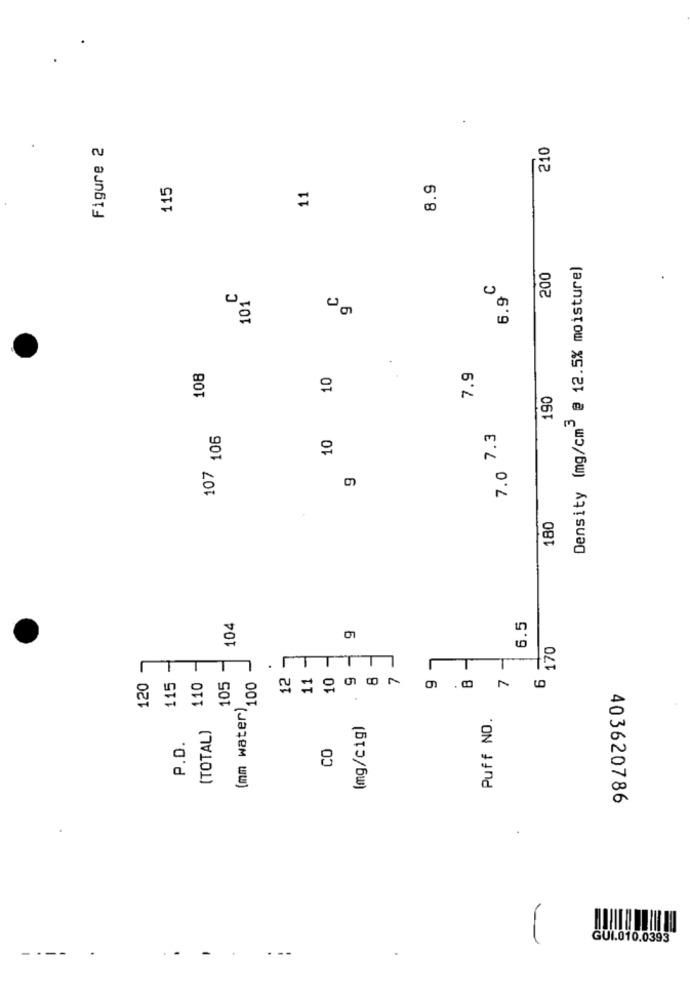
Figure 2
210
115
11
8.9
Density (mg/cm" @ 12.5% moisture)
200
6.9
101
C
g
108
10
7.9
190
106
10
7.0 7.3
107
9
180
104
6.5
170
L
ITT
12
11
9
r
T
B
7
6
120
115
110
105
100
87
9
(mm water)
Puff NO.
(TOTAL)
(mg/cig)
P.D.
CO
403620786
GUI.010.0393